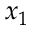
x _ { 1 }